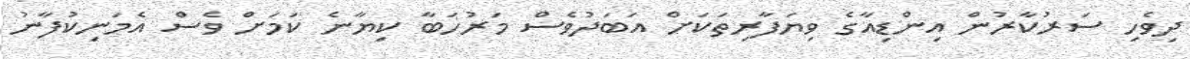
ދިވެހި ސަރުކާރުން އިންޑިއާގެ ވިޔަފާރިތަކަށް އަބަދުވެސް މަރުހަބާ ކިޔާނެ ކަމަށް ވެސް އެމަނިކުފާނު